Source: Handwritten
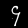
Digit: ၄ (4)